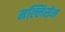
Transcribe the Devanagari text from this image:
मल्लिसेन